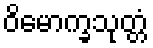
ဝိမောက္ခသုတ္တံ